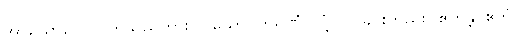
အာယောဂေါ - ဟူသည်ကား။ ပယောဂကရဏံ၊ လုံ့လပြုခြင်းတည်း။ ဧတန္တိ၊ ဧတံ